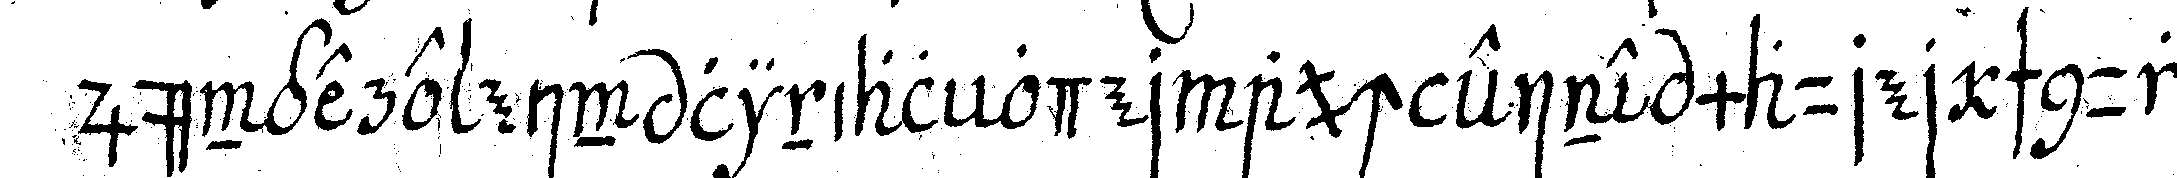
jüngere ein linial oder auch eine maurer schnur